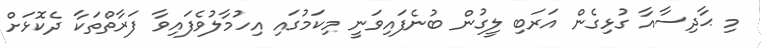
މި ޙާދިސާއާ ގުޅިގެން އަރަބި ލީގުން ބުނެފައިވަނީ މިކަމުގައި އިހުމާލުވެފައިވާ ފަރާތްތަކާ ދެކޮޅަށް